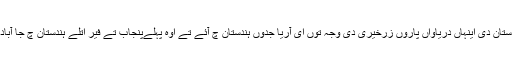
اتلے ہندستان دی اینہاں دریاواں پاروں زرخیری دی وجہ توں ای آریا جدوں ہندستان چ آئے تے اوہ پہلےپنجاب تے فیر اتلے ہندستان چ جا آباد ہوئے ۔